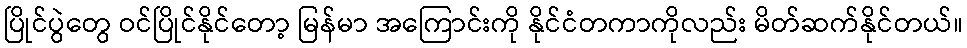
ပြိုင်ပွဲတွေ ဝင်ပြိုင်နိုင်တော့ မြန်မာ အကြောင်းကို နိုင်ငံတကာကိုလည်း မိတ်ဆက်နိုင်တယ်။